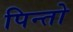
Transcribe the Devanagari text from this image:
पिन्तो